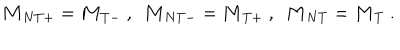
LaTeX: { \bf M } _ { N T + } = { \bf M } _ { T - } \ , \ \ { \bf M } _ { N T - } = { \bf M } _ { T + } \ , \ \ { \bf M } _ { N T } = { \bf M } _ { T } \ .